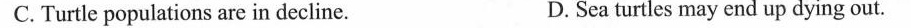
C. Turtle populations are in decline. D. Sea turtles may end up dying out.